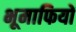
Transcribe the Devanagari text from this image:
भूमाफियों